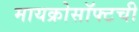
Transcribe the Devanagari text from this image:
मायक्रोसॉफ्टची